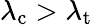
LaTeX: \lambda_{\mathrm{c}}>\lambda_{\mathrm{t}}